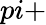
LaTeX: pi+